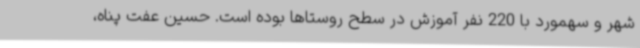
شهر و سهمورد با 220 نفر آموزش در سطح روستاها بوده است. حسین عفت پناه،